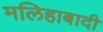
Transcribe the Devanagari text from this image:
मलिहाबादी